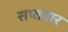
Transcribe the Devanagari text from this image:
सप्तवार